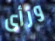
ورأى